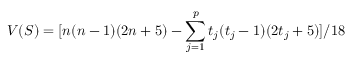
V ( S ) = { { [ n ( n - 1 ) ( 2 n + 5 ) - \sum _ { j = 1 } ^ { p } t _ { j } ( t _ { j } - 1 ) ( 2 t _ { j } + 5 ) ] } / 1 8 }